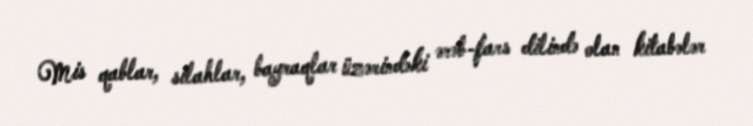
Mis qablar, silahlar, bayraqlar üzərindəki ərəb-fars dilində olan kitabələr